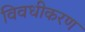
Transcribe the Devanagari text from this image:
विवधीकरण